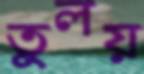
তুলয়